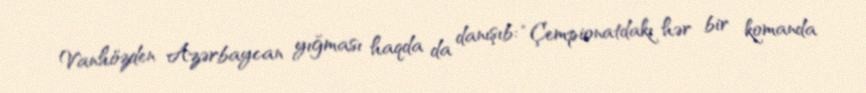
Vanhözden Azərbaycan yığması haqda da danışıb: “Çempionatdakı hər bir komanda